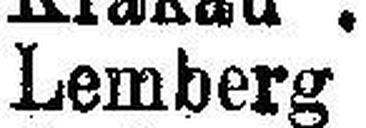
Lemberg